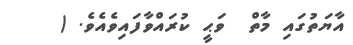
އާޔަތުގައި މާތް  ވަޙީ ކުރައްވާފައިވެއެވެ. (